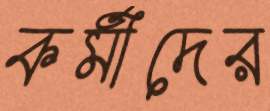
কর্মীদের